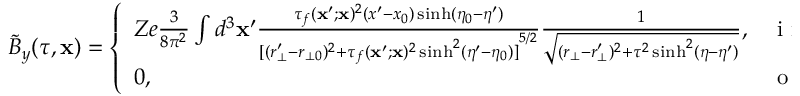
\tilde { B } _ { y } ( \tau , \mathbf { x } ) = \left\{ \begin{array} { l l } { Z e \frac { 3 } { 8 \pi ^ { 2 } } \int d ^ { 3 } \mathbf { x } ^ { \prime } \frac { \tau _ { f } ( \mathbf { x } ^ { \prime } ; \mathbf { x } ) ^ { 2 } ( x ^ { \prime } - x _ { 0 } ) \sinh ( \eta _ { 0 } - \eta ^ { \prime } ) } { { [ ( r _ { \bot } ^ { \prime } - r _ { \bot 0 } ) ^ { 2 } + \tau _ { f } ( \mathbf { x } ^ { \prime } ; \mathbf { x } ) ^ { 2 } \sinh ^ { 2 } ( \eta ^ { \prime } - \eta _ { 0 } ) ] } ^ { 5 / 2 } } \frac { 1 } { \sqrt { ( r _ { \bot } - r _ { \bot } ^ { \prime } ) ^ { 2 } + \tau ^ { 2 } \sinh ^ { 2 } ( \eta - \eta ^ { \prime } ) } } , } & { \mathrm { ~ i ~ f ~ } ( \tau _ { 0 } < \tau _ { f } ( \mathbf { x } ^ { \prime } ; \mathbf { x } _ { 0 } ) < \tau ) ~ \land } \\ { 0 , } & { \mathrm { ~ o ~ t ~ h ~ e ~ r ~ w ~ i ~ s ~ e ~ } } \end{array} \right.